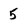
Character: 5